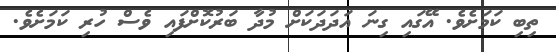
ތިބި ކަމަށެވެ. އޭގައި ގިނަ އަދަދަކަށް މުދާ ބަރުކޮށްފައި ވެސް ހުރި ކަމަށެވެ.